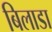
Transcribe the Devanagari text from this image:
बिलाडा